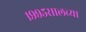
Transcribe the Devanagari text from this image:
१९९५सालच्या